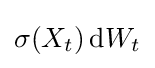
\sigma (X_{t})\,\mathrm {d} W_{t}